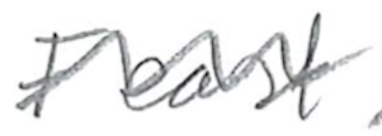
Text: Feast
Cross-out: wave
Writing tool: pencil